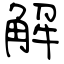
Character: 解